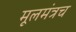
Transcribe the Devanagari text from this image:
मूलमंत्रच